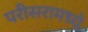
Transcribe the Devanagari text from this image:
परीसरामध्ये